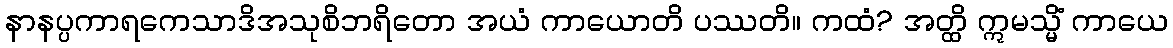
နာနပ္ပကာရကေသာဒိအသုစိဘရိတော အယံ ကာယောတိ ပဿတိ။ ကထံ? အတ္ထိ ဣမသ္မိံ ကာယေ